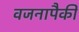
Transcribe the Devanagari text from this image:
वजनापैकी